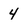
Character: 4